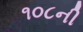
૧૦૮ની